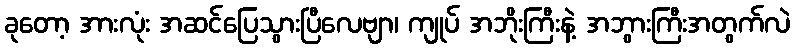
ခုတော့ အားလုံး အဆင်ပြေသွားပြီလေဗျာ၊ ကျုပ် အဘိုးကြီးနဲ့ အဘွားကြီးအတွက်လဲ